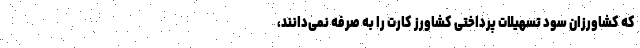
که کشاورزان سود تسهیلات پرداختی کشاورز کارت را به صرفه نمی‌دانند،